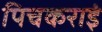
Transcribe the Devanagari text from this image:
पिचकराइं